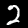
Label: 2